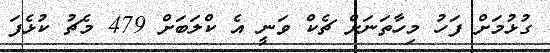
ގުޅުމަށް ފަހު މިހާތަނަށް ޗެކް ވަނީ އެ ކްލަބަށް 479 މެޗު ކުޅެފަ